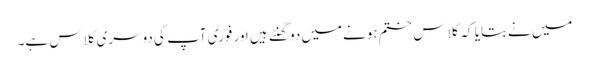
میں نےبتایا کہ کلاس ختم ہونےمیں دو گھنٹے ہیں اور فوری آپ کی دوسری کلاس ہے۔